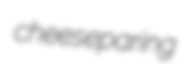
cheeseparing